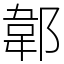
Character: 郼